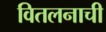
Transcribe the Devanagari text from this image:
वितलनाची